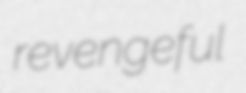
revengeful